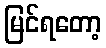
မြင်ရတော့